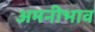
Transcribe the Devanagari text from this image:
अमनीभाव